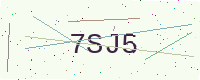
Text: 7SJ5